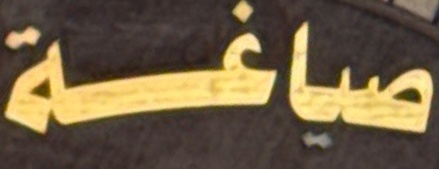
صیاغة